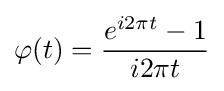
\varphi (t)={\frac {e^{i2\pi t}-1}{i2\pi t}}